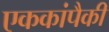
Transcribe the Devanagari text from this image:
एककांपैकी